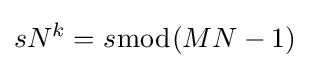
sN^{k}=s{\bmod {(}}MN-1)